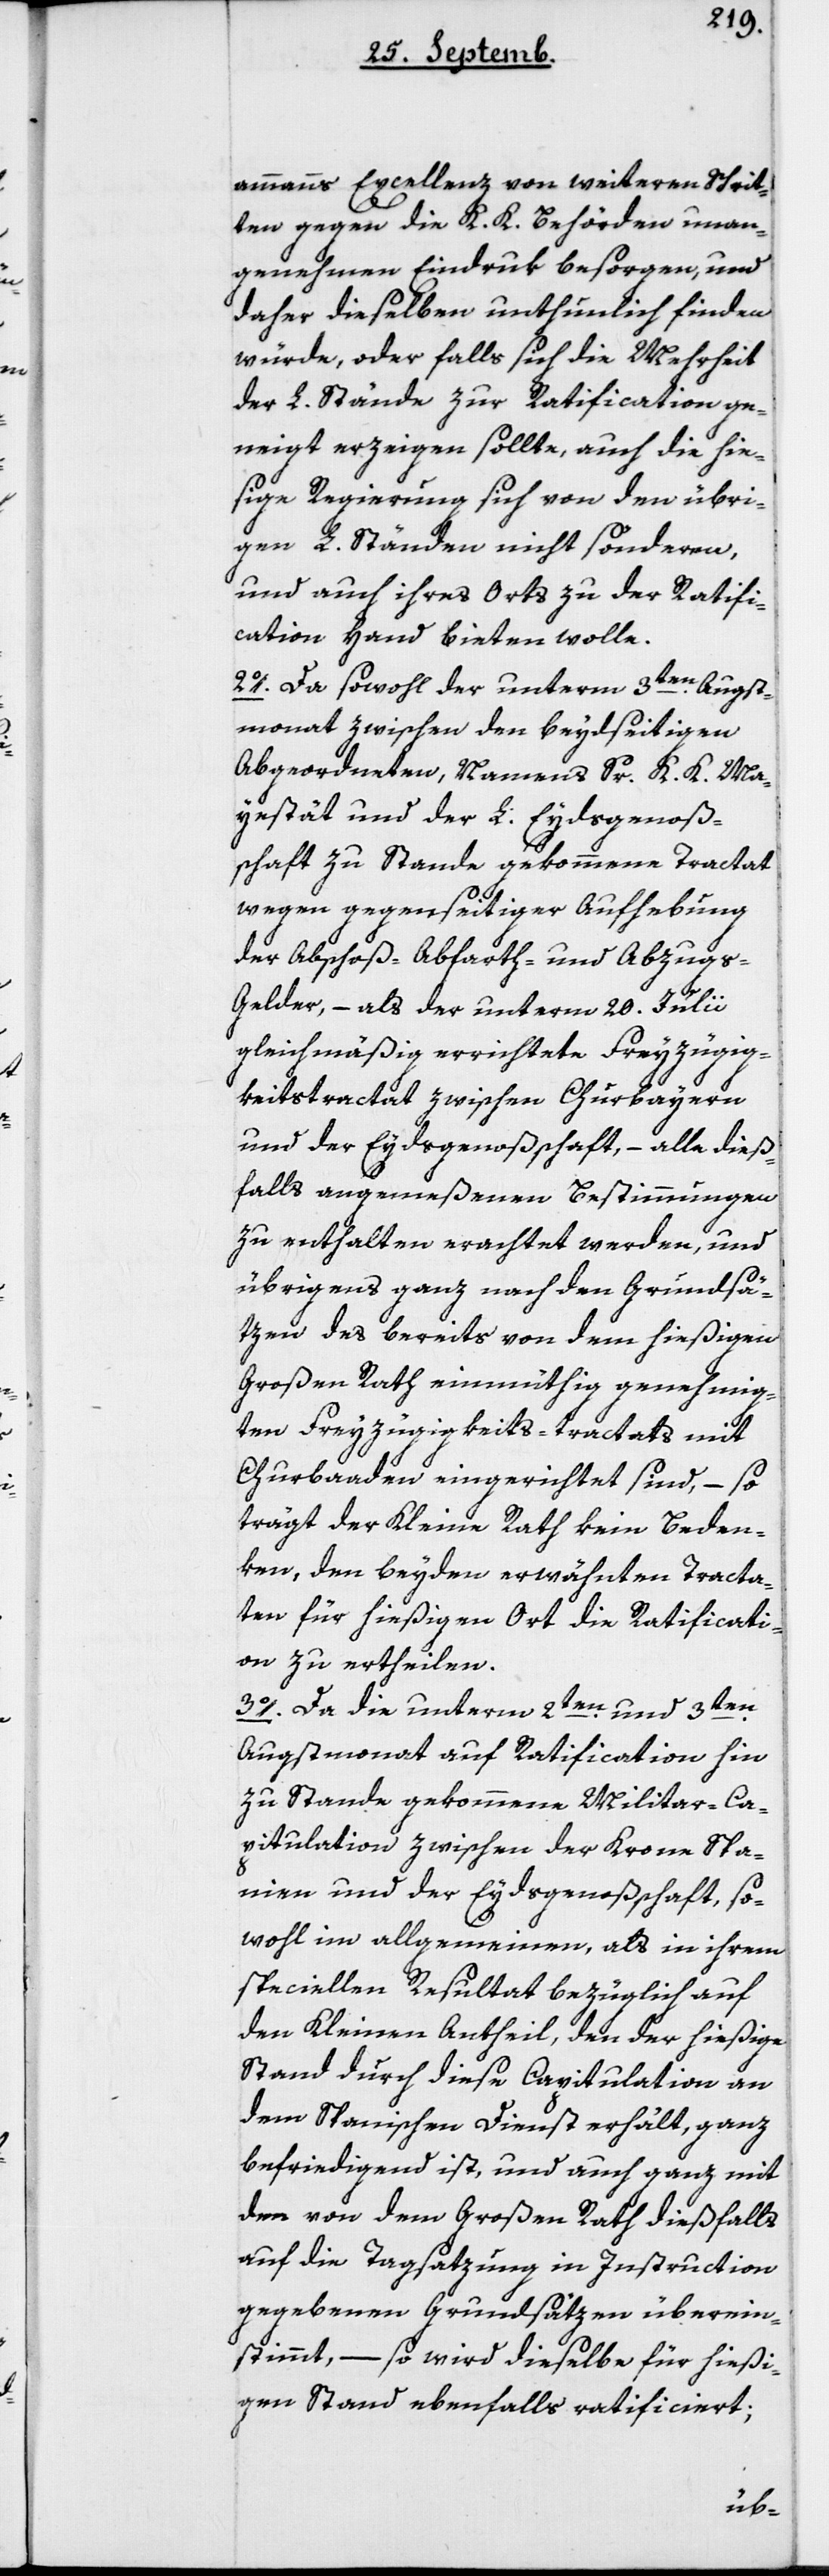
ammanns Excellenz von weiteren Schrit¬
ten gegen die K. K. Behörden unan¬
genehmen Eindruk besorgen, und
daher dieselben unthunlich finden
würde, oder falls sich die Mehrheit
der L. Stände zur Ratification ge¬
neigt erzeigen sollte, auch die hie¬
ßige Regierung sich von den übri¬
gen L. Ständen nicht sönderen,
und auch ihres Orts zu der Ratifi¬
cation Hand bieten wolle.
2o. Da sowohl der unterm 3ten Augst¬
monat zwischen den beydseitigen
Abgeordneten, namens Sr K. K. Ma¬
jestät und der L. Eydsgenoße¬
nschaft zu Stande gekommene Tractat
wegen gegenseitiger Aufhebung
der Abschoß-, Abfahrth- und Abzug¬
s-Gelder, – als der unterm 20ten Julii
gleichmäßig errichtete Freyzügig¬
keitstractat zwischen Churbayern
und der Eydsgenoßenschaft, – alle dieß¬
falls angemeßenen Bestimmungen
zu enthalten erachtet werden, und
übrigens ganz nach den Grundsä¬
tzen des bereits von dem hießigen
Großen Rath einmüthig genehmig¬
ten Freyzügigkeits-tractats mit
Churbaden eingerichtet sind, – so
trägt der Kleine Rath kein Beden¬
ken, den beyden erwähnten Tracta¬
ten für hießigen Ort die Ratificati¬
on zu ertheilen.
3o. Da die unterm 2ten und 3ten
Augstmonat auf Ratification hin
zu Stande gekommene Militar-Ca¬
pitulation zwischen der Krone Spa¬
nien und der Eydsgenoßenschaft, so¬
wohl im Allgemeinen als in ihrem
speciellen Resultat bezüglich auf
den kleinen Antheil, den der hießige
Stand durch diese Capitulation an
dem Spanischen Dienst erhält, ganz
befriedigend ist, und auch ganz mit
dem von dem Großen Rath dießfalls
auf die Tagsatzung in Instruction
gegebenen Grundsätzen überein¬
stimmt, – so wird dieselbe für hießi¬
gen Stand ebenfalls ratificiert;